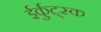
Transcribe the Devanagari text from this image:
ईर्कुट्स्क